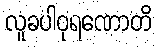
လူခပါဝုရဏောတိ